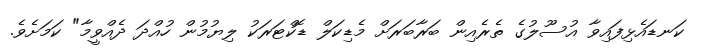
ކަނޑައެޅިފައިވާ އުސޫލުގެ ތެރެއިން ބަރާބަރަށް މެޑިކަލް ޑޮކްޓަރަކު ލިޔުމުން ހުއްދަ ދެއްވީމާ" ކަމަށެވެ.